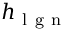
h _ { \mathrm { ~ l ~ g ~ n ~ } }